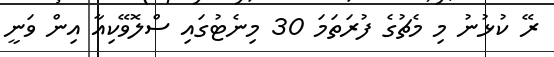
ރޭ ކުޅުނު މި މެޗުގެ ފުރަތަމަ 30 މިނެޓުގައި ސްލޮވޭކިއާ އިން ވަނީ